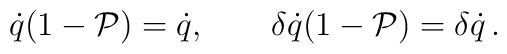
\dot{q}(1-\mathcal{P})=\dot{q},\qquad \delta\dot{q}(1-\mathcal{P})=\delta \dot{q}\,.